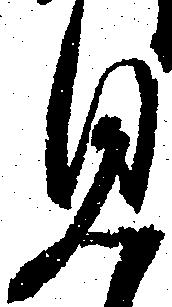
見